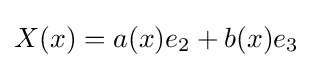
X(x)=a(x)e_{2}+b(x)e_{3}